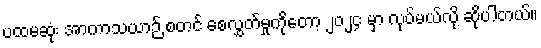
ပထမဆုံး အာကာသယာဉ် စတင် စေလွှတ်မှုကိုတော့ ၂၀၂၄ မှာ လုပ်မယ်လို့ ဆိုပါတယ်။